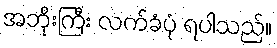
အဘိုးကြီး လက်ခံပုံ ရပါသည်။